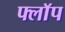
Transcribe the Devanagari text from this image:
फ्लाॅप